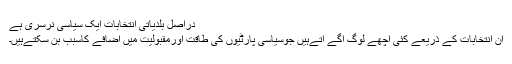
دراصل بلدیاتی انتخابات ایک سیاسی نرسری ہے
ان انتخابات کے ذریعے کئی اچھے لوگ آگے آتےہیں جوسیاسی پارٹیوں کی طاقت اورمقبولیت میں اضافے کاسبب بن سکتےہیں۔